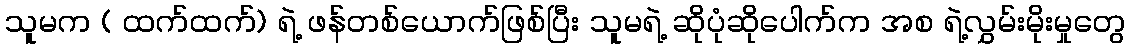
သူမက ( ထက်ထက်) ရဲ့ ဖန်တစ်ယောက်ဖြစ်ပြီး သူမရဲ့ ဆိုပုံဆိုပေါက်က အစ ရဲ့လွှမ်းမိုးမှုတွေ